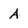
Character: A